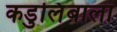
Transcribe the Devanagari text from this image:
कडुलिंबाला